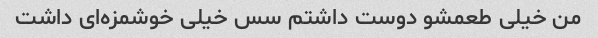
من خیلی طعمشو دوست داشتم سس خیلی خوشمزه‌ای داشت